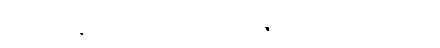
ဆက် နေ လိုပါက ရက်တိုးဗီဇာ ထပ် လုပ်ရမယ်။